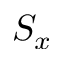
S _ { x }